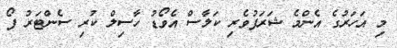
މި އަހަރުގެ އެންމެ ޝަރަފުވެރި ކަލާސް އެވޯޑު ހާސިލް ކުރި ސެންޓަރު ފޯ